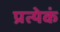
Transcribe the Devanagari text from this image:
प्रत्येकं